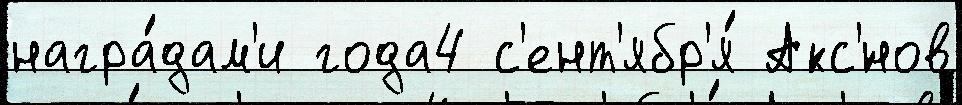
награ́дам'и года4 с'ент'ябр'я́ Акс'́нов